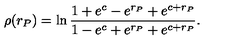
\rho ( r _ { P } ) = \ln \frac { 1 + e ^ { c } - e ^ { r _ { P } } + e ^ { c + r _ { P } } } { 1 - e ^ { c } + e ^ { r _ { P } } + e ^ { c + r _ { P } } } .